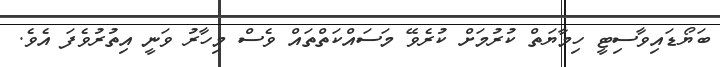
ބަޔޯޑައިވާސިޓީ ހިމާޔަތް ކުރުމަށް ކުރެވޭ މަސައްކަތްތައް ވެސް މިހާރު ވަނީ އިތުރުވެފަ އެވެ.